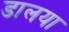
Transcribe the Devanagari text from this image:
डालया